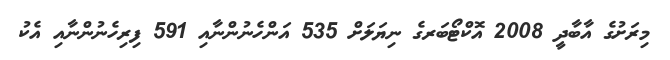
މިރަށުގެ އާބާދީ 2008 އޮކްޓޯބަރގެ ނިޔަލަށް 535 އަންހެނުންނާއި 591 ފިރިހެނުންނާއި އެކު